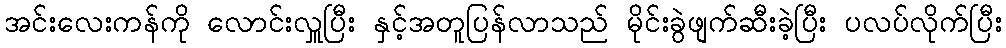
အင်းလေးကန်ကို လောင်းလှူပြီး နှင့်အတူပြန်လာသည် မိုင်းခွဲဖျက်ဆီးခဲ့ပြီး ပလပ်လိုက်ပြီး